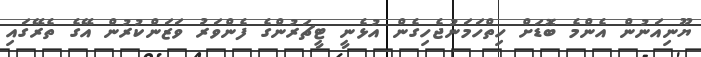
ޔޫނިއަނުން އެންމެ ބޮޑަށް ހިތްހަމަނުޖެހިގެން އުޅެނީ ޓީޗަރުންގެ ފެންވަރު ވަޒަންކުރުން އޭގެ ތެރޭގައި